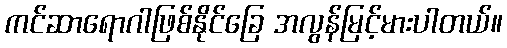
ကင်ဆာရောဂါဖြစ်နိုင်ခြေ အလွန်မြင့်မားပါတယ်။